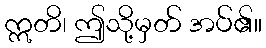
ဣတိ၊ ဤသို့မှတ် အပ်၏။